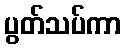
ပွတ်သပ်ကာ